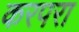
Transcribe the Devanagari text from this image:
करपरा